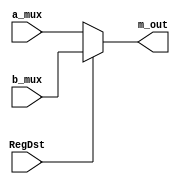
`timescale 1ns / 1ps
module MUX_3(
    input [4:0] a_mux,
    input [4:0] b_mux,
    input RegDst,
    output [4:0] m_out
);
assign m_out = RegDst ? b_mux : a_mux ;
endmodule